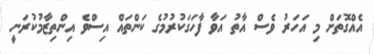
އެއްގޮތަށް މި އަހަރު ވެސް އާތު އަވާ ފާހަގަކުރުމުގެ ކަންތައް އިސްވެ އިންތިޒާމުކުރަނީ